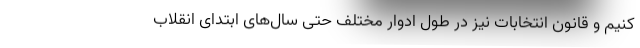
کنیم و قانون انتخابات نیز در طول ادوار مختلف حتی سال‌های ابتدای انقلاب